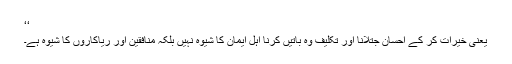
‘‘
یعنی خیرات کر کے احسان جتلانا اور تکلیف وہ باتیں کرنا اہل ایمان کا شیوہ نہیں بلکہ منافقین اور ریاکاروں کا شیوہ ہے۔